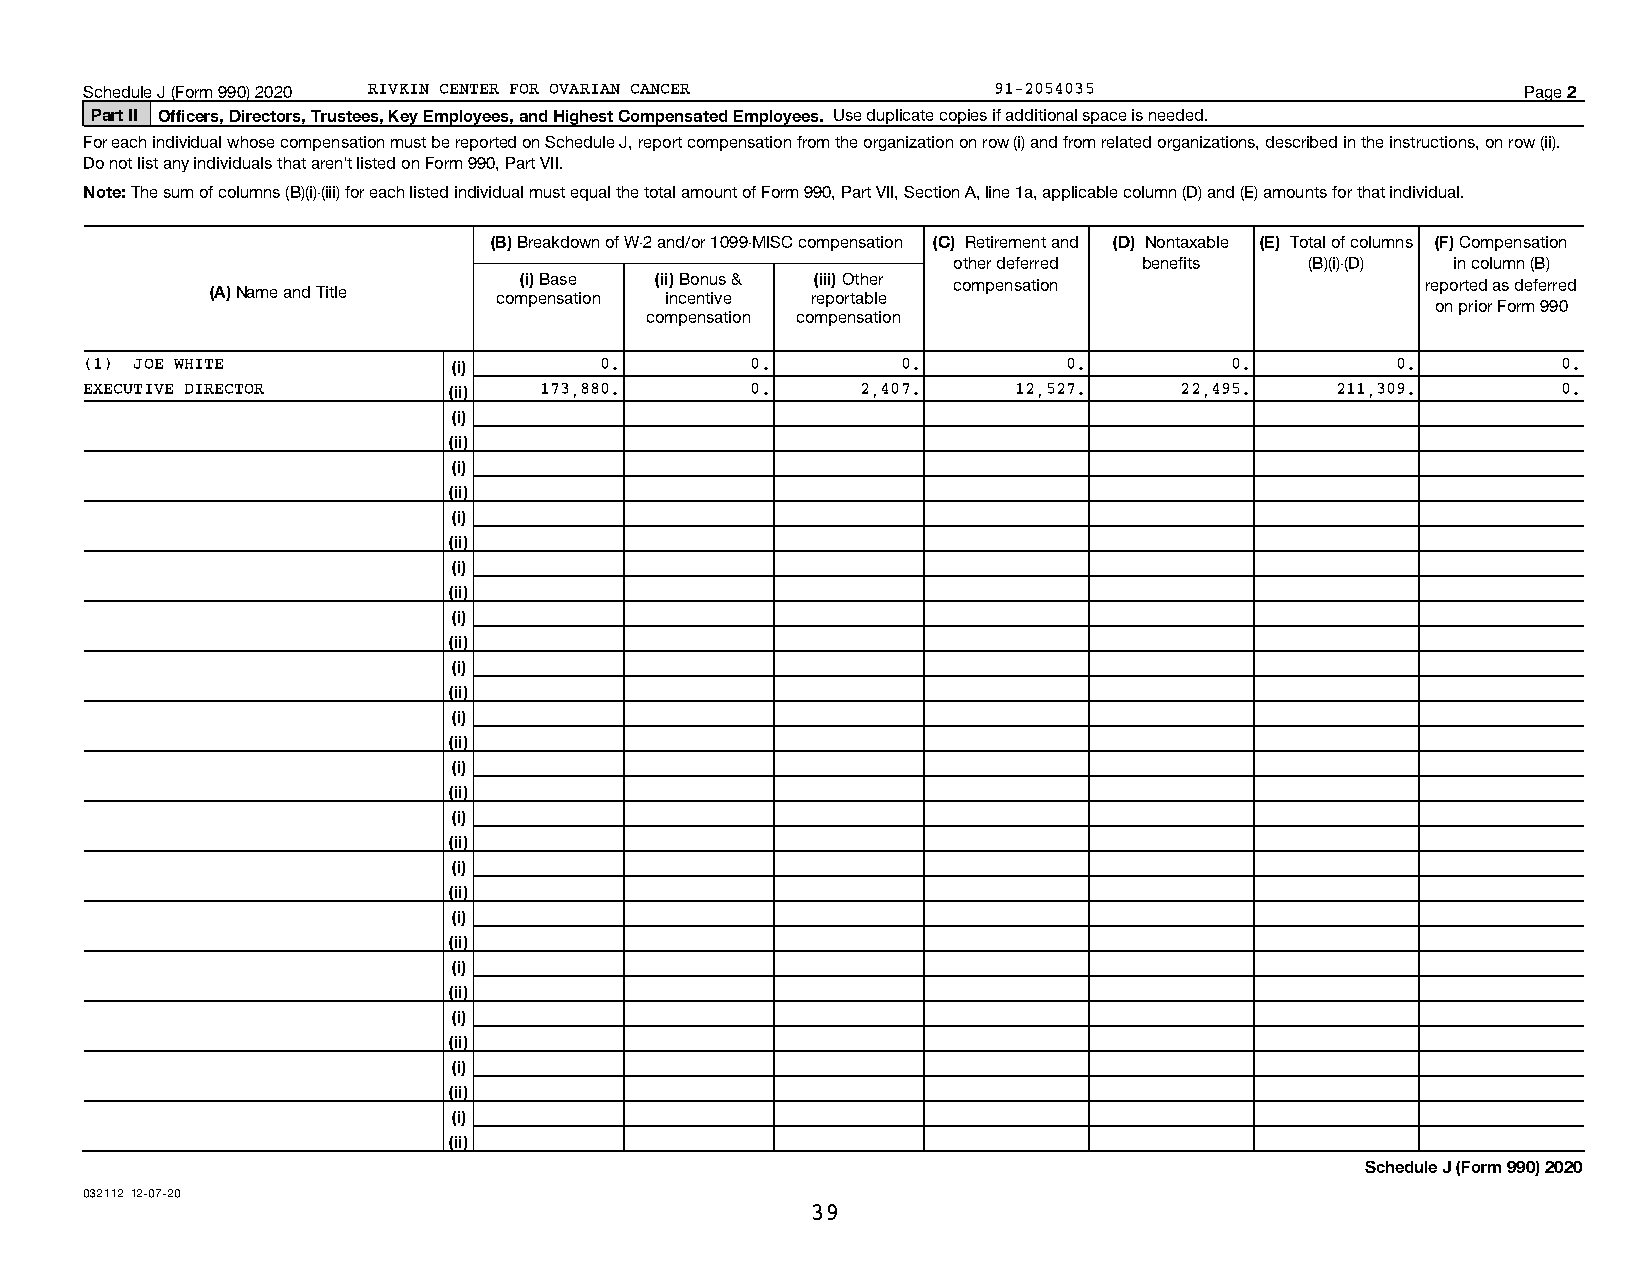
Schedule J (Form 990) 2020 RIVKIN CENTER FOR OVARIAN CANCER 91-2054035                         Page 2
 Part II Officers, Directors, Trustees, Key Employees, and Highest Compensated Employees. Use duplicate copies if additional space is needed.
 For each individual whose compensation must be reported on Schedule J, report compensation from the organization on row (i) and from related organizations, described in the instructions, on row (ii).
 Do not list any individuals that aren't listed on Form 990, Part VII.
 Note: The sum of columns (B)(i)-(iii) for each listed individual must equal the total amount of Form 990, Part VII, Section A, line 1a, applicable column (D) and (E) amounts for that individual.
 (B) Breakdown of W-2 and/or 1099-MISC compensation (C) Retirement and (D) Nontaxable (E) Total of columns (F) Compensation
 other deferred benefits (B)(i)-(D) in column (B)
 (i) Base (ii) Bonus & (iii) Other compensation              reported as deferred
 (A) Name and Title compensation incentive reportable
 on prior Form 990
 compensation compensation
 (1) JOE WHITE                     0.        0.        0.         0.        0.         0.         0.
 (i)
 EXECUTIVE DIRECTOR            173,880.      0.     2,407.    12,527.    22,495.   211,309.       0.
 (ii)
 (i)
 (ii)
 (i)
 (ii)
 (i)
 (ii)
 (i)
 (ii)
 (i)
 (ii)
 (i)
 (ii)
 (i)
 (ii)
 (i)
 (ii)
 (i)
 (ii)
 (i)
 (ii)
 (i)
 (ii)
 (i)
 (ii)
 (i)
 (ii)
 (i)
 (ii)
 (i)
 (ii)
 Schedule J (Form 990) 2020
 032112 12-07-20
 39